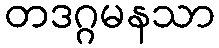
တဒဂ္ဂမနသာ